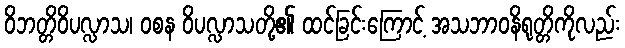
ဝိဘတ္တိဝိပလ္လာသ၊ ဝစန ဝိပလ္လာသတို့၏ ထင်ခြင်းကြောင့် အသဘာဝနိရုတ္တိကိုလည်း